Leaving Certificate Examination (including Day School Certificate (Higher) General paper), 1933
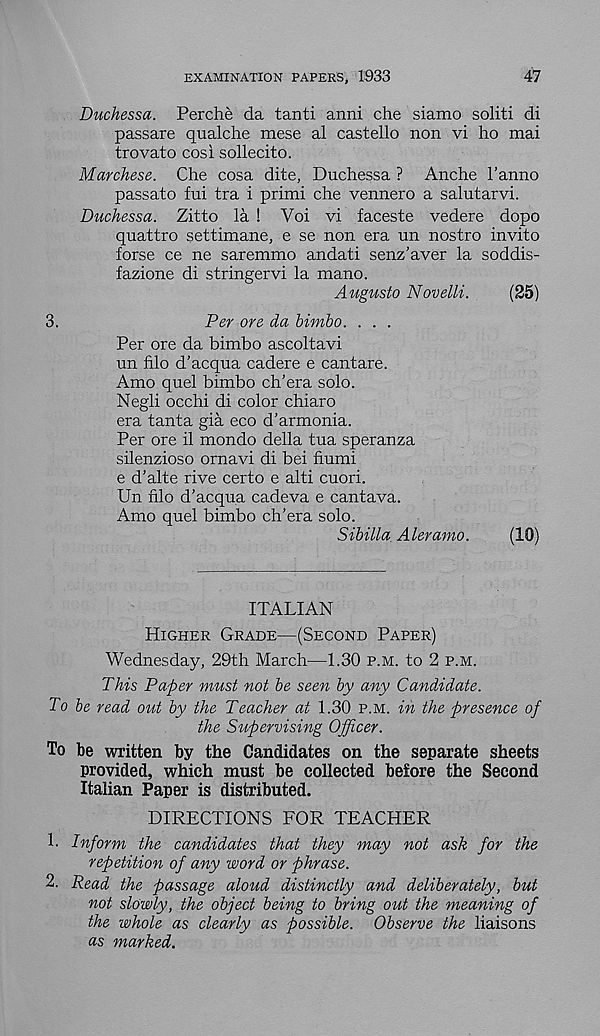
EXAMINATION PAPERS, 1933
47
Duchessa. Perche da tanti anni che siamo soliti di
passare qualche mese al castello non vi ho mai
trovato cosi sollecito.
Marche.se. Che cosa dite, Duchessa ? Anche 1’anno
passato fui tra i primi che vennero a salutarvi.
Duchessa. Zitto la ! Voi vi faceste vedere dopo
quattro settimane, e se non era un nostro invito
forse ce ne saremmo andati senz'aver la soddis-
fazione di stringer vi la mano.
Augusta Novelli.
(25)
3.
Per ore da bimbo. . . .
Per ore da bimbo ascoltavi
un filo d'acqua cadere e cantare.
Amo quel bimbo ch’era solo.
Negli occhi di color chiaro
era tanta gia eco d’armonia.
Per ore il mondo della tua speranza
silenzioso ornavi di bei fiumi
e d’alte rive certo e alti cuori.
Un filo d’acqua cadeva e cantava.
Amo quel bimbo ch’era solo.
Sibilla. Aleramo.
(10)
ITALIAN
Higher Grade—(Second Paper)
Wednesday, 29th March—1.30 p.m. to 2 p.m.
This Paper must not be seen by any Candidate.
To be read out by the Teacher at 1.30 p.m. in the presence of
the Supervising Officer.
To be written by the Candidates on the separate sheets
provided, which must be collected before the Second
Italian Paper is distributed.
DIRECTIONS FOR TEACHER
1. Inform the candidates that they may not ask for the
repetition of any word or phrase.
2. Read the passage aloud distinctly and deliberately, but
not slowly, the object being to bring out the meaning of
the whole as clearly as possible. Observe the liaisons
as marked.